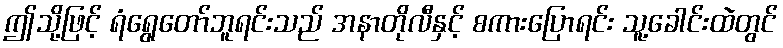
ဤသို့ဖြင့် ရံရွေတော်ဘူရင်းသည် အနာတိုလီနှင့် စကားပြောရင်း သူ့ခေါင်းထဲတွင်